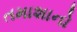
તમાશાનો